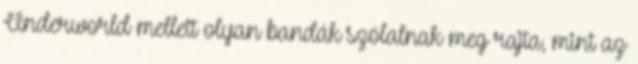
Underworld mellett olyan bandák szólalnak meg rajta, mint az